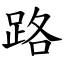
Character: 路